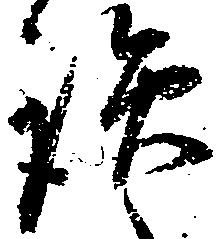
讒